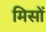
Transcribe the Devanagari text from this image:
मिसों